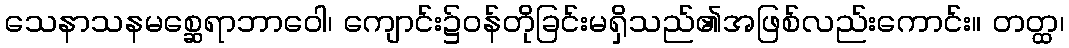
သေနာသနမစ္ဆေရာဘာဝေါ၊ ကျောင်း၌ဝန်တိုခြင်းမရှိသည်၏အဖြစ်လည်းကောင်း။ တတ္ထ၊